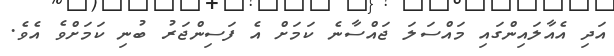
އަދި އެއާލައިންގައި މައްސަލަ ޖައްސާނެ ކަމަށް އެ ފަސިންޖަރު ބުނި ކަމަށްވެ އެވެ.